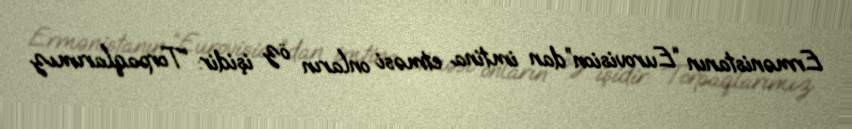
Ermənistanın “Eurovision”dan imtina etməsi onların öz işidir: “Torpaqlarımız